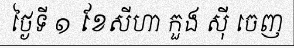
ថ្ងៃទី ១ ខែសីហា កួង ស៊ី ចេញ